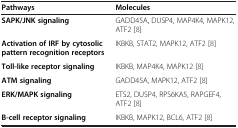
<table><thead><tr><td><b>Pathways</b></td><td><b>Molecules</b></td></tr></thead><tbody><tr><td><b>SAPK/JNK signaling</b></td><td>GADD45A, DUSP4, MAP4K4, MAPK12, ATF2 [8]</td></tr><tr><td><b>Activation of IRF by cytosolic pattern recognition receptors</b></td><td>IKBKB, STAT2, MAPK12, ATF2 [8]</td></tr><tr><td><b>Toll-like receptor signaling</b></td><td>IKBKB, MAP4K4, MAPK12 [8]</td></tr><tr><td><b>ATM signaling</b></td><td>GADD45A, MAPK12, ATF2 [8]</td></tr><tr><td><b>ERK/MAPK signaling</b></td><td>ETS2, DUSP4, RPS6KA5, RAPGEF4, ATF2 [8]</td></tr><tr><td><b>B-cell receptor signaling</b></td><td>IKBKB, MAPK12, BCL6, ATF2 [8]</td></tr></tbody></table>